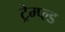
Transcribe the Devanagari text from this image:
ट्रेम्प्ल्ड